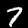
Label: 7